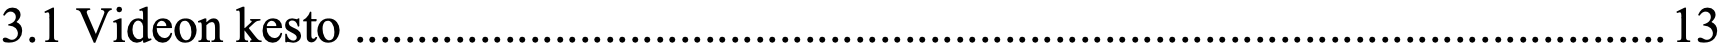
3.1 Videon kesto.........................................................................................................13